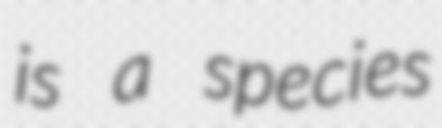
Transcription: is a species